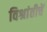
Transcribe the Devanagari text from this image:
विश्रांतीचें